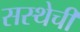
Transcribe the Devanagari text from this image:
सस्थेची